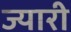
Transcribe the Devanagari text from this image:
ज्यारी